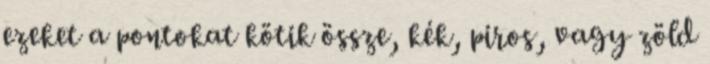
ezeket a pontokat kötik össze, kék, piros, vagy zöld